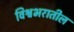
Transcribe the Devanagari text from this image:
विश्वभरातील